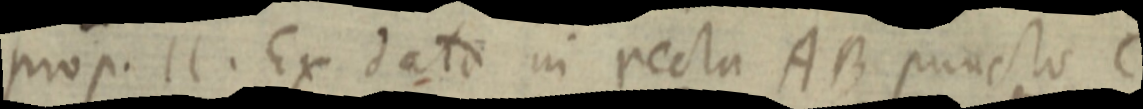
prop. 11. Ex dato in recta AB puncto C